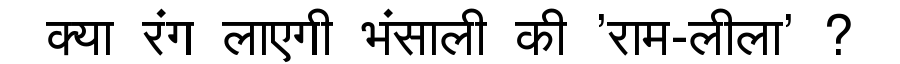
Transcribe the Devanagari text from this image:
क्या रंग लाएगी भंसाली की 'राम-लीला' ?